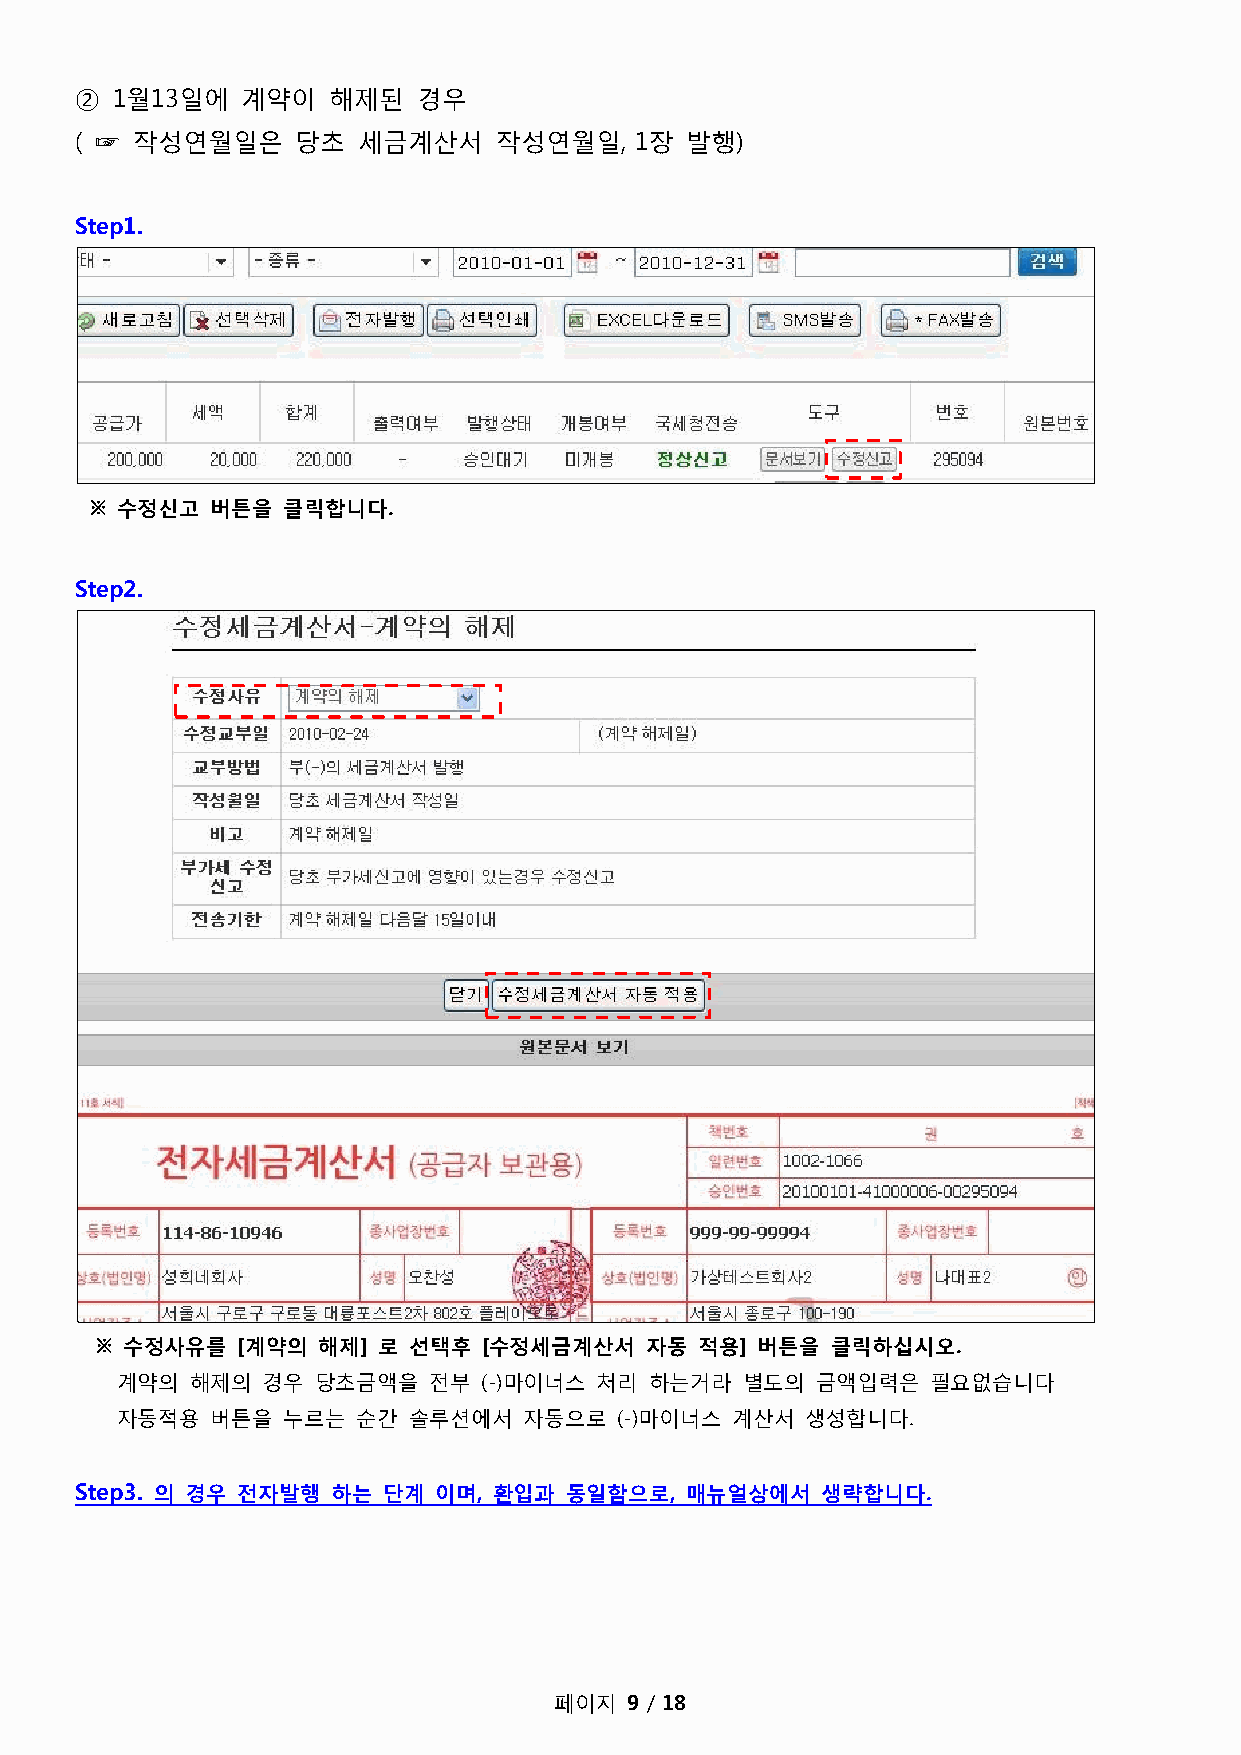
② 1월13일에   계약이   해제된   경우
 ( ☞ 작성연월일은     당초  세금계산서    작성연월일,   1장 발행)
 Step1.
 ※ 수정신고  버튼을  클릭합니다.
 Step2.
 ※ 수정사유를   [계약의 해제] 로 선택후  [수정세금계산서   자동 적용] 버튼을  클릭하십시오.
 계약의  해제의 경우  당초금액을  젂부  (-)마이너스 처리 하는거라  별도의  금액입력은   필요없습니다
 자동적용  버튼을  누르는  순간 솔루션에서   자동으로  (-)마이너스 계산서 생성합니다.
 Step3. 의 경우 전자발행 하는 단계  이며, 환입과 동일함으로,  매뉴얼상에서   생략합니다.
 페이지  9 / 18